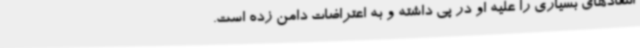
انتقادهای بسیاری را علیه او در پی داشته و به اعتراضات دامن زده است.